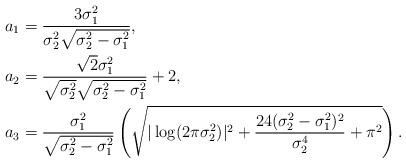
LaTeX: \begin{align*}a_1&= \frac{ 3 \sigma_1^2}{ \sigma_2^2 \sqrt{\sigma_2^2-\sigma_1^2}}, \\a_2&= \frac{ \sqrt{2} \sigma_1^2}{ \sqrt{ \sigma_2^2} \sqrt{\sigma_2^2-\sigma_1^2}} +2,\\a_3&=\frac{\sigma_1^2}{\sqrt{\sigma_2^2-\sigma_1^2}} \left( \sqrt{ |\log(2\pi\sigma^2_2)|^2 + \frac{ 24 (\sigma_2^2-\sigma_1^2)^2 }{\sigma^4_2} + \pi^2} \right).\end{align*}